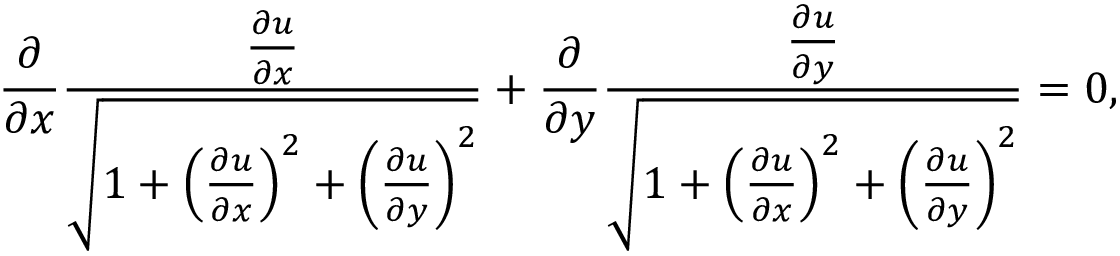
{ \frac { \partial } { \partial x } } { \frac { \frac { \partial u } { \partial x } } { \sqrt { 1 + \left( { \frac { \partial u } { \partial x } } \right) ^ { 2 } + \left( { \frac { \partial u } { \partial y } } \right) ^ { 2 } } } } + { \frac { \partial } { \partial y } } { \frac { \frac { \partial u } { \partial y } } { \sqrt { 1 + \left( { \frac { \partial u } { \partial x } } \right) ^ { 2 } + \left( { \frac { \partial u } { \partial y } } \right) ^ { 2 } } } } = 0 ,